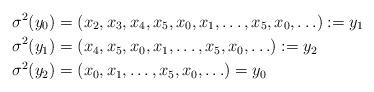
LaTeX: \begin{align*}&\sigma^2(y_0)=(x_2,x_3,x_4,x_5,x_0,x_1,\ldots,x_5,x_0,\ldots):=y_1\\&\sigma^2(y_1)=(x_4,x_5,x_0,x_1,\ldots,x_5,x_0,\ldots):=y_2\\&\sigma^2(y_2)=(x_0,x_1,\ldots,x_5,x_0,\ldots)=y_0\end{align*}